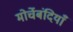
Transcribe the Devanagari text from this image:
मोर्चेबंदियाँ